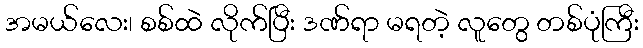
အမယ်လေး၊ စစ်ထဲ လိုက်ပြီး ဒဏ်ရာ မရတဲ့ လူတွေ တစ်ပုံကြီး